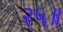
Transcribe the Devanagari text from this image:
२५॥